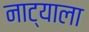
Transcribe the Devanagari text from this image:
नाट्याला